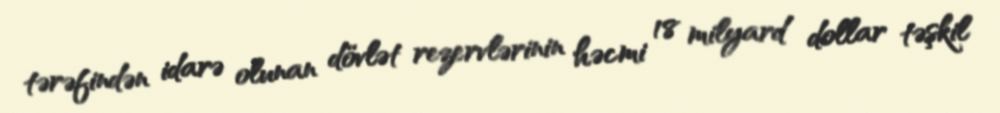
tərəfindən idarə olunan dövlət rezervlərinin həcmi 18 milyard dollar təşkil